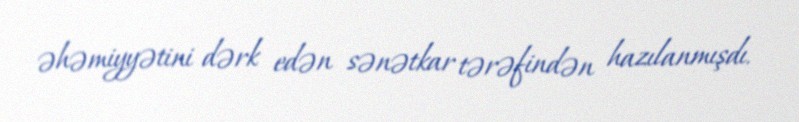
əhəmiyyətini dərk edən sənətkar tərəfindən hazılanmışdı.